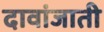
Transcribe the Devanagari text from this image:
दावांजाती